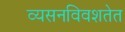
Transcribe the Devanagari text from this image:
व्यसनविवशतेत